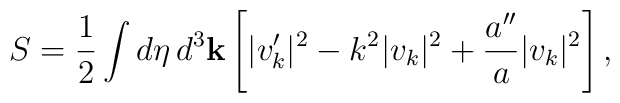
S = \frac{1}{2} \int d \eta \, d^3{\bf k} \left[ \vert v_k' \vert^2 -k^2 \vert v_k \vert^2 + \frac{a''}{a} \vert v_k \vert^2 \right],